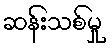
ဆန်းသစ်မှု